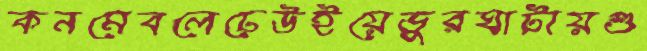
কনমেবলেঢেউইয়েভুরঘাটায়শু